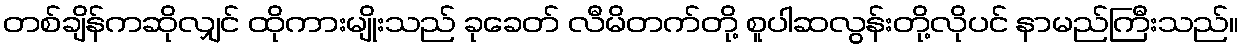
တစ်ချိန်ကဆိုလျှင် ထိုကားမျိုးသည် ခုခေတ် လီမိတက်တို့ စူပါဆလွန်းတို့လိုပင် နာမည်ကြီးသည်။